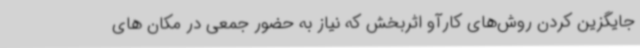
جایگزین کردن روش‌های کارآو اثربخش که نیاز به حضور جمعی در مکان های